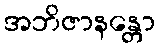
အဘိဇာနန္တော